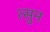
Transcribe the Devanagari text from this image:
त्सुन